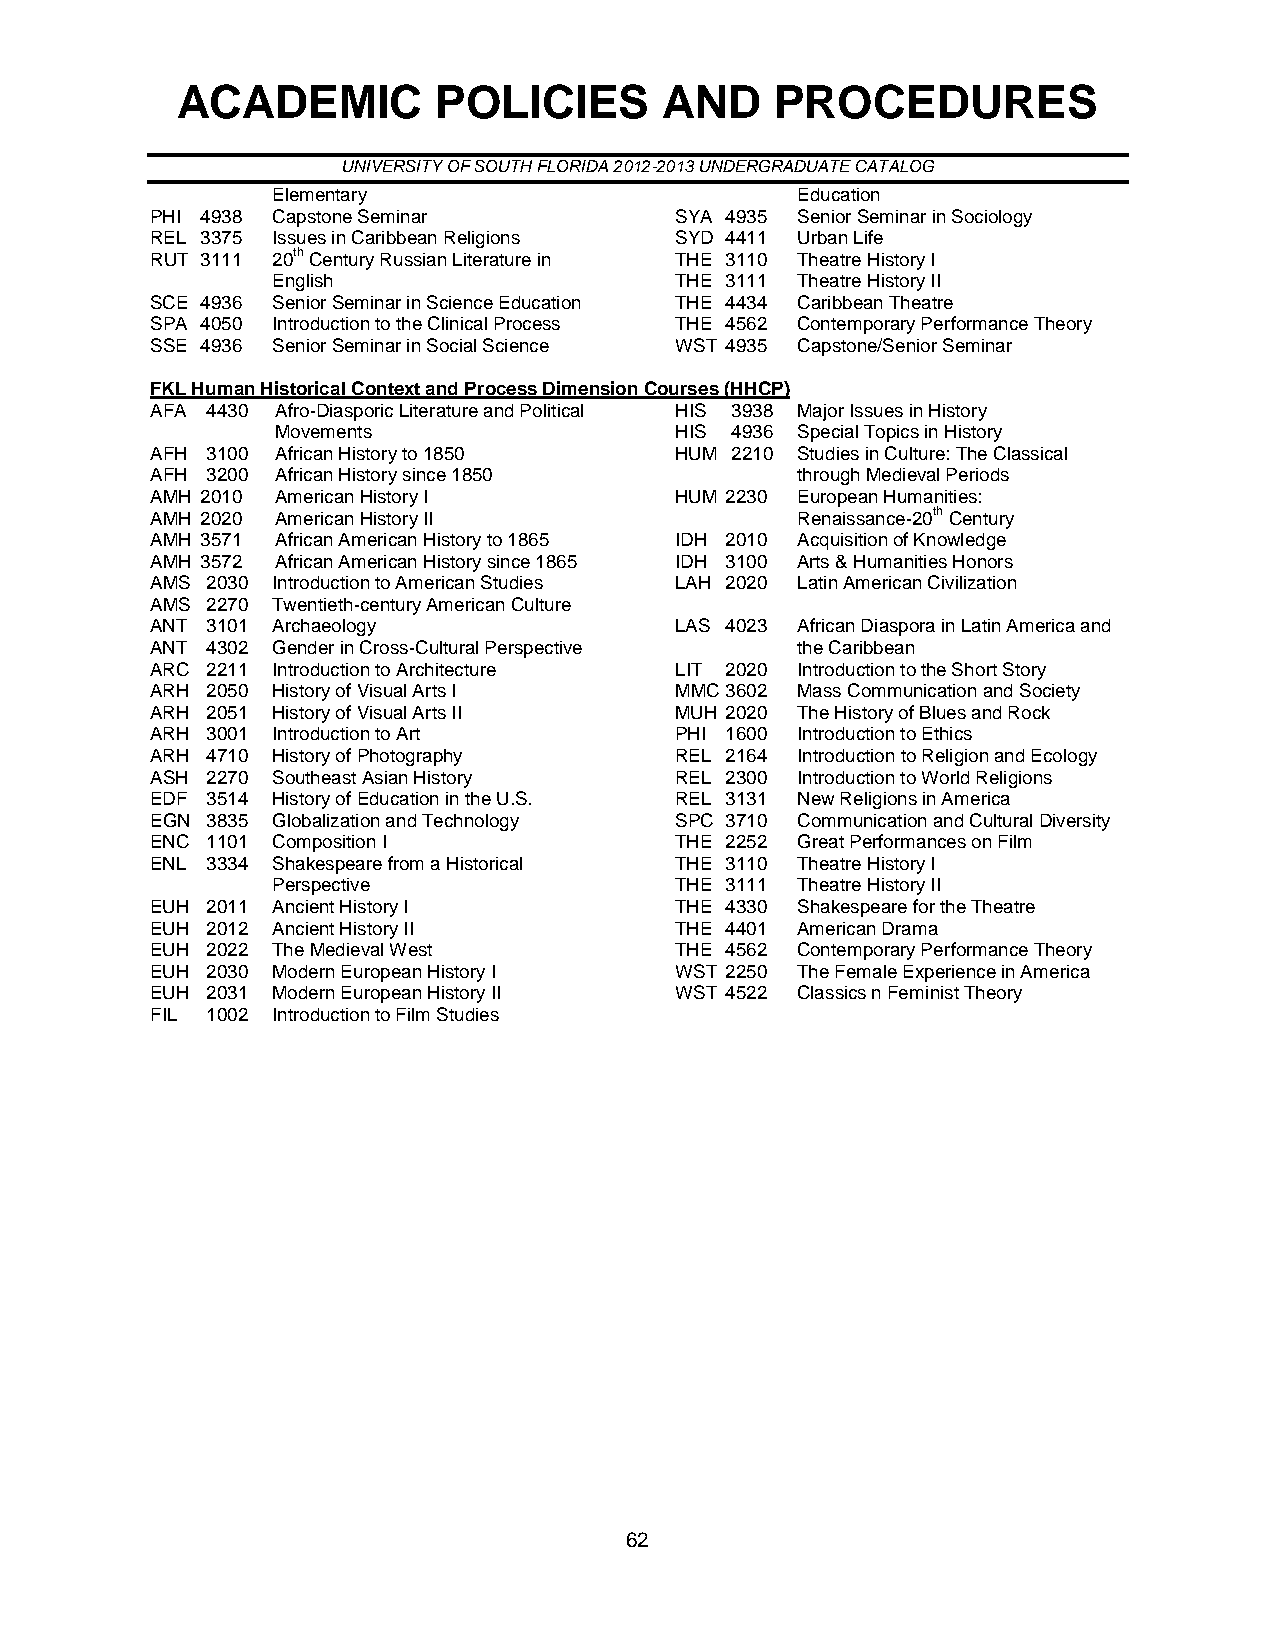
ACADEMIC         POLICIES       AND    PROCEDURES
 UNIVERSITY OF SOUTH FLORIDA 2012-2013 UNDERGRADUATE CATALOG
 Elementary                         Education
 PHI 4938 Capstone Seminar          SYA 4935 Senior Seminar in Sociology
 REL 3375 Issues in Caribbean Religions SYD 4411 Urban Life
 RUT 3111 20th Century Russian Literature in THE 3110 Theatre History I
 English                    THE 3111 Theatre History II
 SCE 4936 Senior Seminar in Science Education THE 4434 Caribbean Theatre
 SPA 4050 Introduction to the Clinical Process THE 4562 Contemporary Performance Theory
 SSE 4936 Senior Seminar in Social Science WST 4935 Capstone/Senior Seminar
 FKL Human Historical Context and Process Dimension Courses (HHCP)
 AFA 4430 Afro-Diasporic Literature and Political HIS 3938 Major Issues in History
 Movements                  HIS 4936 Special Topics in History
 AFH 3100 African History to 1850   HUM 2210 Studies in Culture: The Classical
 AFH 3200 African History since 1850        through Medieval Periods
 AMH 2010 American History I        HUM 2230 European Humanities:
 AMH 2020 American History II               Renaissance-20th Century
 AMH 3571 African American History to 1865 IDH 2010 Acquisition of Knowledge
 AMH 3572 African American History since 1865 IDH 3100 Arts & Humanities Honors
 AMS 2030 Introduction to American Studies LAH 2020 Latin American Civilization
 AMS 2270 Twentieth-century American Culture
 ANT 3101 Archaeology               LAS 4023 African Diaspora in Latin America and
 ANT 4302 Gender in Cross-Cultural Perspective the Caribbean
 ARC 2211 Introduction to Architecture LIT 2020 Introduction to the Short Story
 ARH 2050 History of Visual Arts I  MMC 3602 Mass Communication and Society
 ARH 2051 History of Visual Arts II MUH 2020 The History of Blues and Rock
 ARH 3001 Introduction to Art       PHI 1600 Introduction to Ethics
 ARH 4710 History of Photography    REL 2164 Introduction to Religion and Ecology
 ASH 2270 Southeast Asian History   REL 2300 Introduction to World Religions
 EDF 3514 History of Education in the U.S. REL 3131 New Religions in America
 EGN 3835 Globalization and Technology SPC 3710 Communication and Cultural Diversity
 ENC 1101 Composition I             THE 2252 Great Performances on Film
 ENL 3334 Shakespeare from a Historical THE 3110 Theatre History I
 Perspective                THE 3111 Theatre History II
 EUH 2011 Ancient History I         THE 4330 Shakespeare for the Theatre
 EUH 2012 Ancient History II        THE 4401 American Drama
 EUH 2022 The Medieval West         THE 4562 Contemporary Performance Theory
 EUH 2030 Modern European History I WST 2250 The Female Experience in America
 EUH 2031 Modern European History II WST 4522 Classics n Feminist Theory
 FIL 1002 Introduction to Film Studies
 62